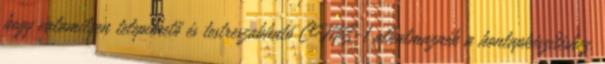
hogy valamilyen telepíthető és testreszabható CMS-t alkalmaznék a honlapkészítéshez.